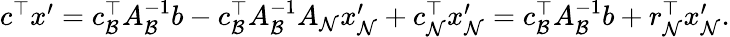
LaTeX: \begin{array}{r}{{c}^{\top}{x}^{\prime}={c}_{\mathcal{B}}^{\top}{A}_{\mathcal{B}}^{-1}{b}-{c}_{\mathcal{B}}^{\top}{A}_{\mathcal{B}}^{-1}{A}_{\mathcal{N}}{x}_{\mathcal{N}}^{\prime}+{c}_{\mathcal{N}}^{\top}{x}_{\mathcal{N}}^{\prime}={c}_{\mathcal{B}}^{\top}{A}_{\mathcal{B}}^{-1}{b}+{r}_{\mathcal{N}}^{\top}{x}_{\mathcal{N}}^{\prime}.}\end{array}